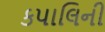
કપાલિની